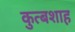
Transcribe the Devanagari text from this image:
कुत्बशाह